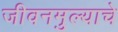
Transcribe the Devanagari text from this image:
जीवनमुल्याचे